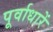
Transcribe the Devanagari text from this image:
पूर्वाधारें